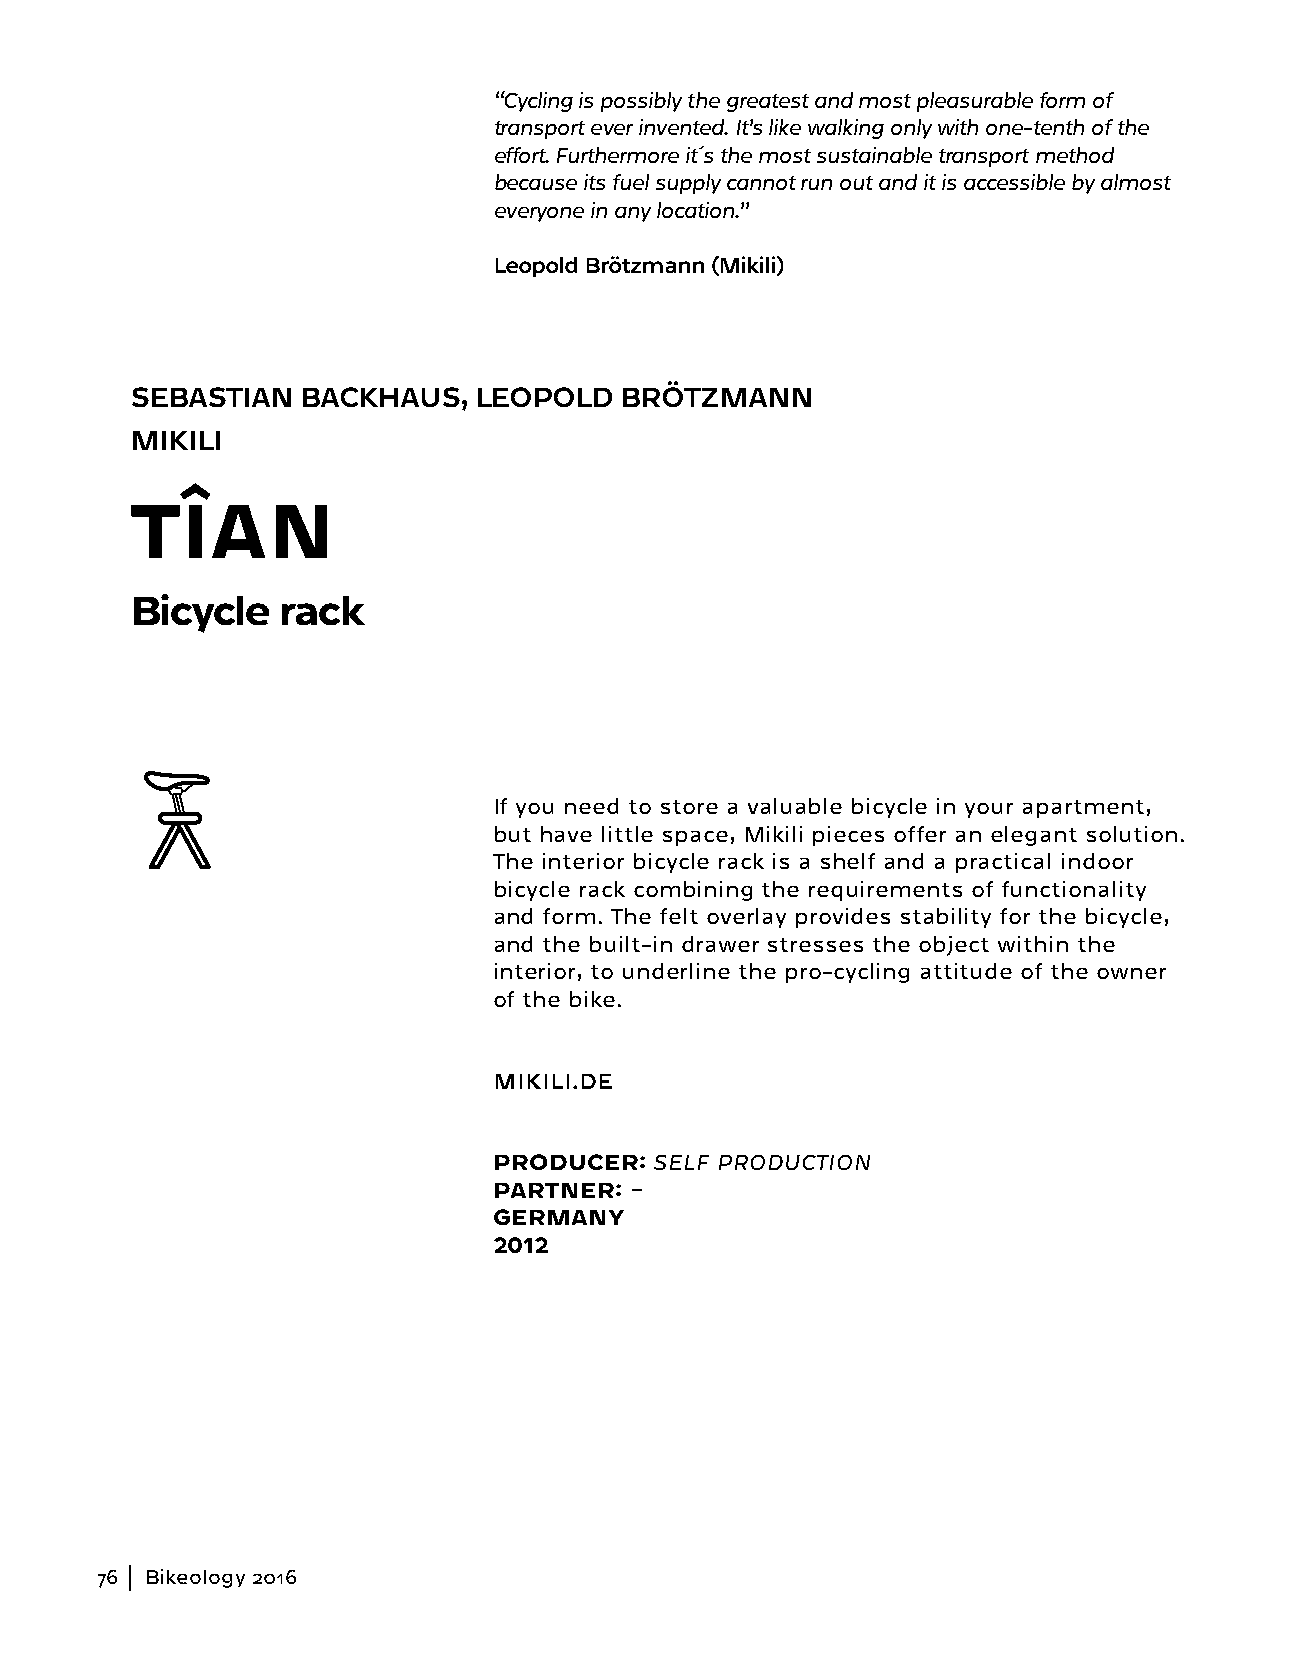
“Cycling is possibly the greatest and most pleasurable form of
 transport ever invented. It’s like walking only with one-tenth of the
 effort. Furthermore it´s the most sustainable transport method
 because its fuel supply cannot run out and it is accessible by almost
 everyone in any location.”
 Leopold Brötzmann (Mikili)
 SEBASTIAN  BACKHAUS,  LEOPOLD   BRÖTZMANN
 MIKILI
 TÎAN
 Bicycle  rack
 If you need to store a valuable bicycle in your apartment,
 but have little space, Mikili pieces offer an elegant solution.
 The interior bicycle rack is a shelf and a practical indoor
 bicycle rack combining the requirements of functionality
 and form. The felt overlay provides stability for the bicycle,
 and the built-in drawer stresses the object within the
 interior, to underline the pro-cycling attitude of the owner
 of the bike.
 MIKILI.DE
 PRODUCER: SELF PRODUCTION
 PARTNER: –
 GERMANY
 2012
 76  Bikeology 2016